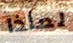
لماذا